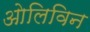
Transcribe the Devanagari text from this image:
ओलिविन